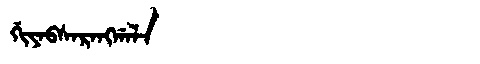
Manchu: ᡤᡳᠶᠠᠪᠰᠠᡵᠠᠩᡤᠠᠯᠠ
Romanization: GIYABSARANGGALA